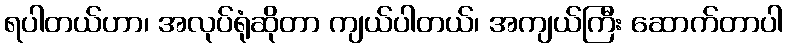
ရပါတယ်ဟာ၊ အလုပ်ရုံဆိုတာ ကျယ်ပါတယ်၊ အကျယ်ကြီး ဆောက်တာပါ